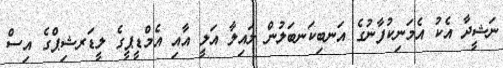
ނަޝީދާ އެކު އެމަނިކުފާނުގެ އަނބިކަނބަލުން ލައިލާ އަލީ އާއި އެމްޑީޕީގެ ލީޑަރޝިޕްގެ އިސް